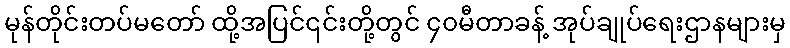
မုန်တိုင်းတပ်မတော် ထို့အပြင်၎င်းတို့တွင် ၄၀မီတာခန့် အုပ်ချုပ်ရေးဌာနများမှ